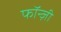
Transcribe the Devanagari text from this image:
फॉन्ज़ी